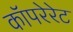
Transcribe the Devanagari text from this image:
कॉपरेरेट